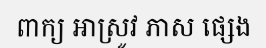
ពាក្យ អាស្រូវ ភាស ផ្សេង